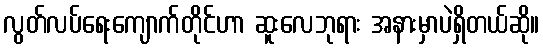
လွတ်လပ်ရေးကျောက်တိုင်ဟာ ဆူးလေဘုရား အနားမှာပဲရှိတယ်ဆို။